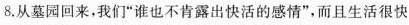
8.从墓园回来，我们”谁也不肯露出快活的感情”，而且生活很快